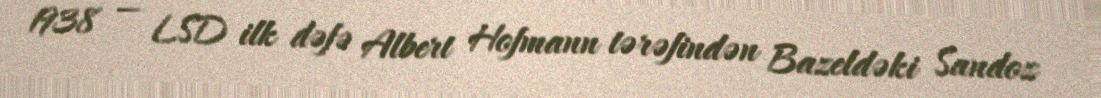
1938 — LSD ilk dəfə Albert Hofmann tərəfindən Bazeldəki Sandoz